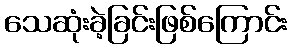
သေဆုံးခဲ့ခြင်းဖြစ်ကြောင်း